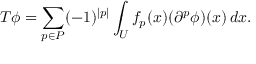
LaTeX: T \phi = \sum _ { p \in P } ( - 1 ) ^ { | p | } \int _ { U } f _ { p } ( x ) ( \partial ^ { p } \phi ) ( x ) \, d x .